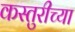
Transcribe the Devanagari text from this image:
कस्तुरीच्या